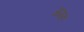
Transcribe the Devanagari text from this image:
अमह